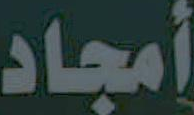
أمجاد